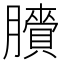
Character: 𦢒